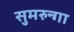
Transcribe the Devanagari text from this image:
सुमरुन्गा